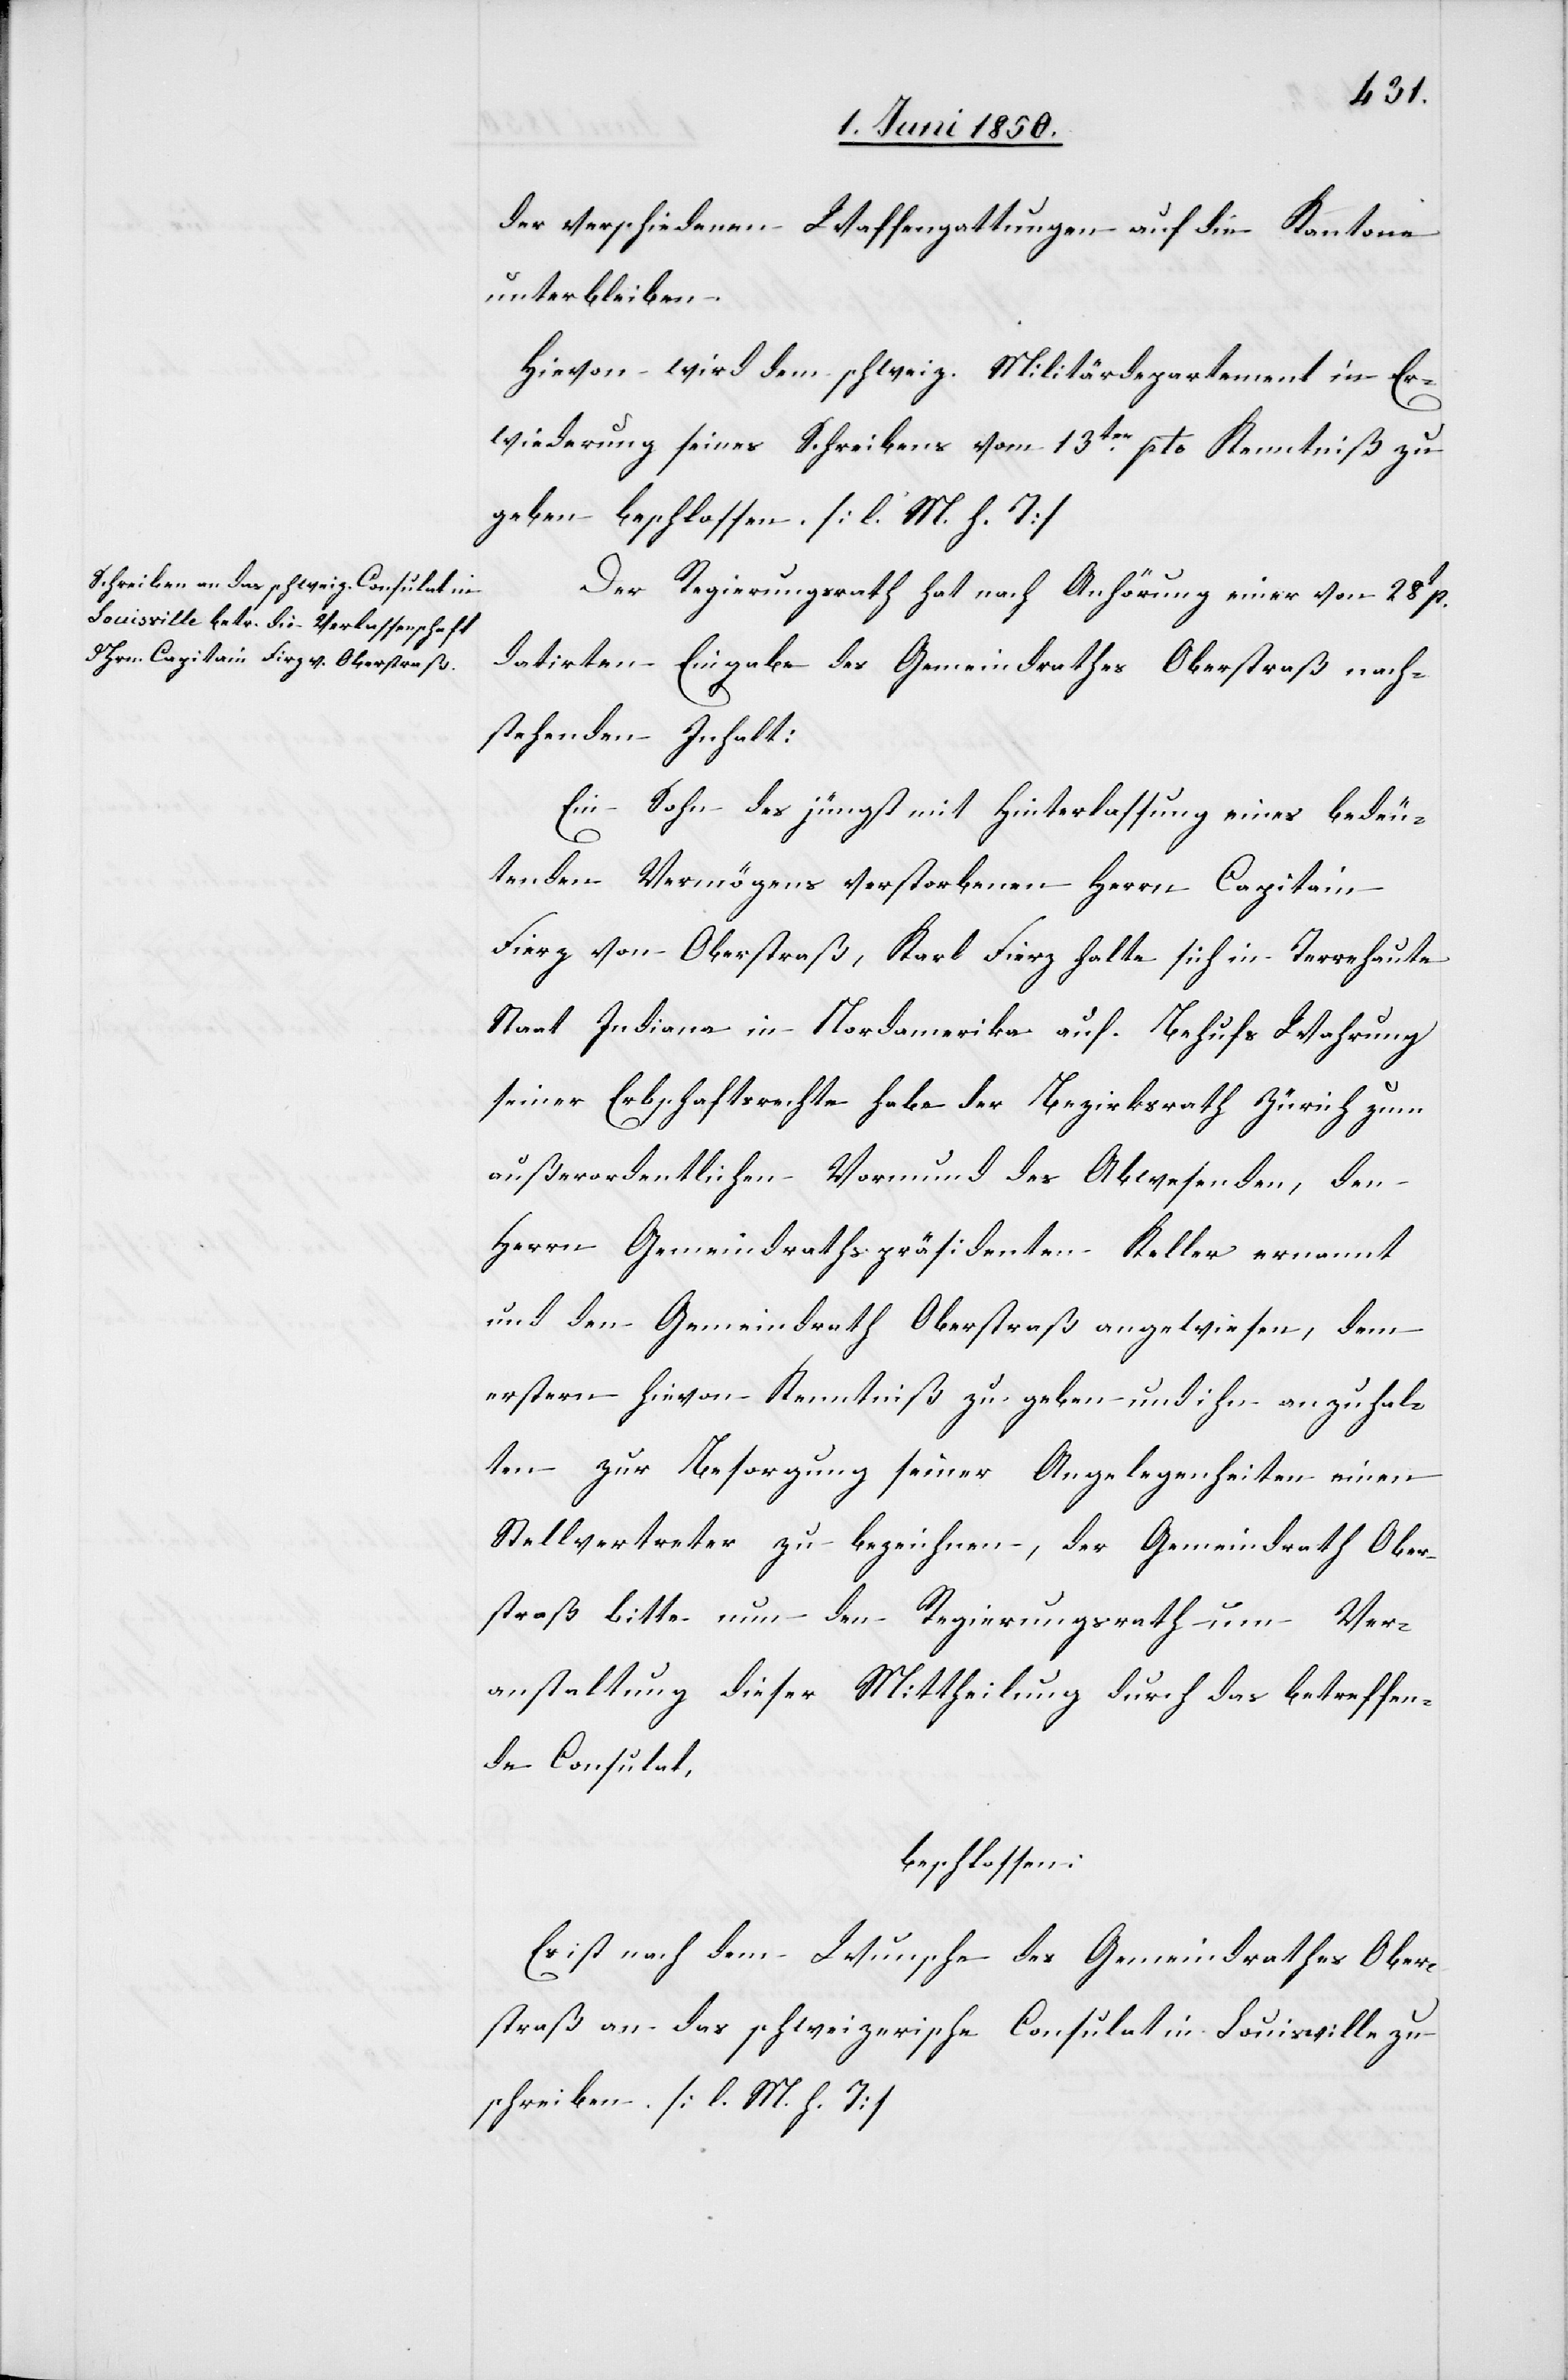
der verschiedenen Waffengattungen auf die Kantone
unterbleiben.
Hievon wird dem schweiz. Militärdepartement in Er¬
wiederung seines Schreibens vom 13ten pto Kenntniß zu
geben beschlossen. [l. M. h. T]
Der Regierungsrath hat nach Anhörung einer vom 28t p.
datirten Eingabe des Gemeindrathes Oberstraß nach¬
stehenden Inhalt:
Ein Sohn des jüngst mit Hinterlassung eines bedeu¬
tenden Vermögens verstorbenen Herrn Capitain
[sic!] von Oberstraß, Karl Fierz halte sich in Terrehaute
Staat Indiana in Nordamerika auf. Behufs Wahrung
seiner Erbschaftsrechte habe der Bezirksrath Zürich zum
außerordentlichen Vormund des Abwesenden, den
Herrn Gemeindrathspräsidenten Keller ernannt
und den Gemeindrath Oberstraß angewiesen, dem
erstern hievon Kenntniß zu geben und ihn anzuhal¬
ten zur Besorgung seiner Angelegenheiten einen
Stellvertreter zu bezeichnen, der Gemeindrath Ober¬
straß bitte nun den Regierungsrath um Ver¬
anstaltung dieser Mittheilung durch das betreffen¬
de Consulat,
beschlossen:
Es ist nach dem Wunsche des Gemeindrathes Ober¬
straß an das schweizerische Consulat in Louisville zu
schreiben. [l. M. h. T]